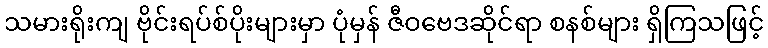
သမားရိုးကျ ဗိုင်းရပ်စ်ပိုးများမှာ ပုံမှန် ဇီဝဗေဒဆိုင်ရာ စနစ်များ ရှိကြသဖြင့်